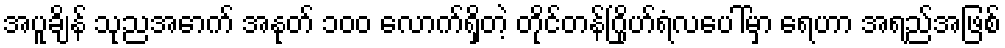
အပူချိန် သုညအောက် အနုတ် ၁၀၀ လောက်ရှိတဲ့ တိုင်တန်ဂြိုဟ်ရံလပေါ်မှာ ရေဟာ အရည်အဖြစ်